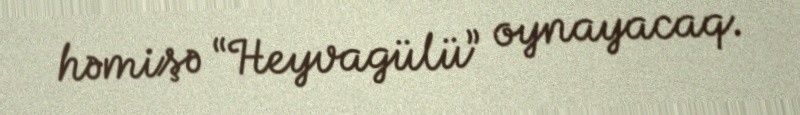
həmişə “Heyvagülü” oynayacaq.